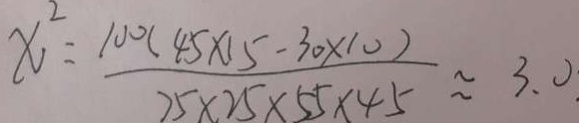
x ^ { 2 } = \frac { 1 0 0 ( 4 5 \times 1 5 - 3 0 \times 1 0 ) } { 2 5 \times 2 5 \times 5 5 \times 4 5 } \approx 3 . 0 .